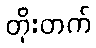
တိုးတက်